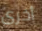
أخرى